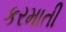
કરમાતી